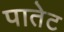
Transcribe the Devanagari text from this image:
पातेट